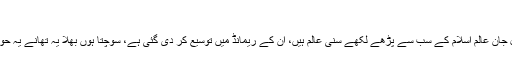
خادم رضوی کے سیانے جن | Pak Prime News
حضرت مولانا خادم حسین رضوی جو بقول اوریا غیر مقبول جان عالم اسلام کے سب سے پڑھے لکھے سنی عالم ہیں، ان کے ریمانڈ میں توسیع کر دی گئی ہے، سوچتا ہوں بھلا یہ تھانے یہ حوالات یا حوالات کی دال مولانا صاحب کو کیا ڈرا سکے گی۔